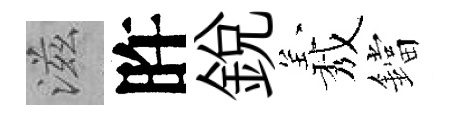
滋旿銳𦏁鐺